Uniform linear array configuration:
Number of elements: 32
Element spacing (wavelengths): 0.5
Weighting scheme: kaiser
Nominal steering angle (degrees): -60
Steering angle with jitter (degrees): -58.354
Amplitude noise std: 0.05
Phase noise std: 0.05

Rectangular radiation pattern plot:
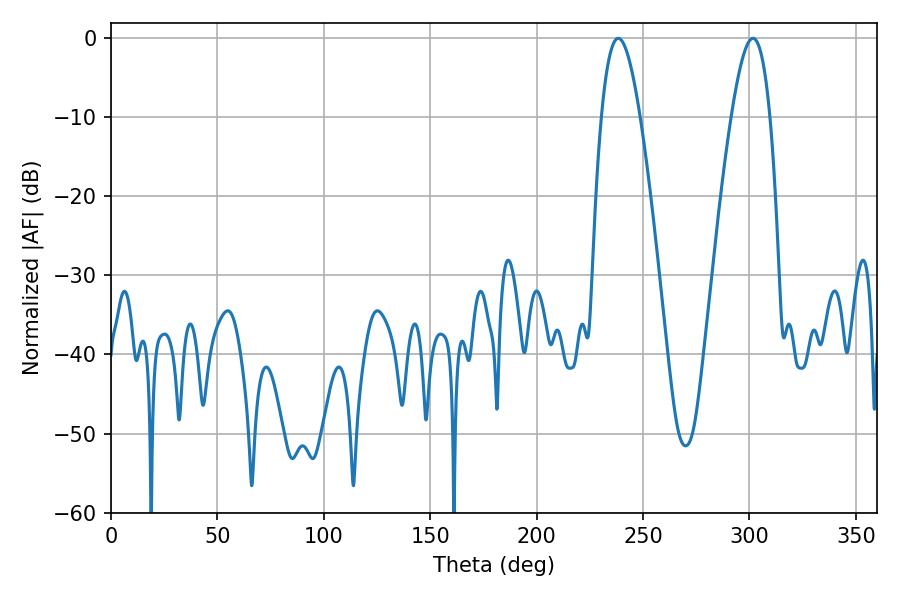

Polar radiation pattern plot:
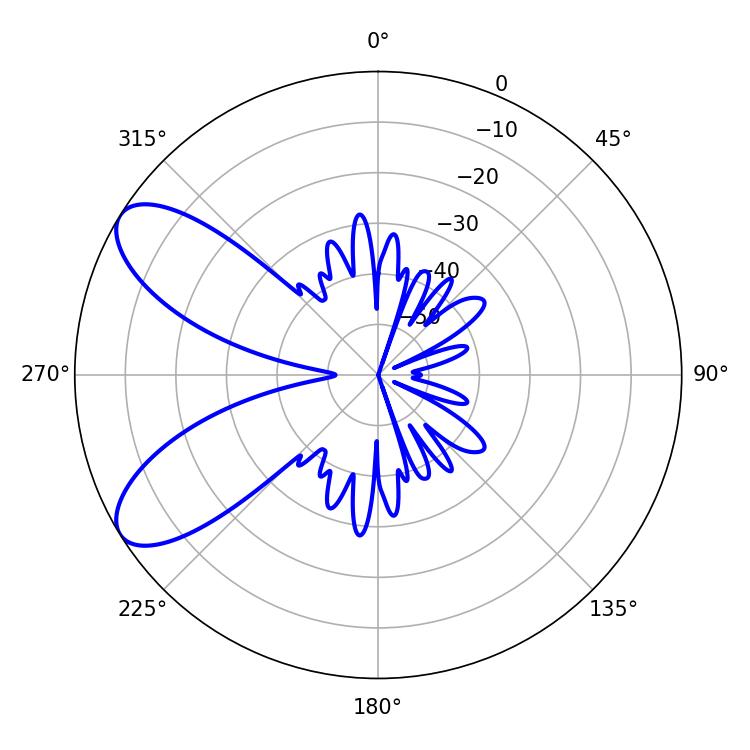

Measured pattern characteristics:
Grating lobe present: FALSE
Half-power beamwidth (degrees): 9.9
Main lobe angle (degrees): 238.32